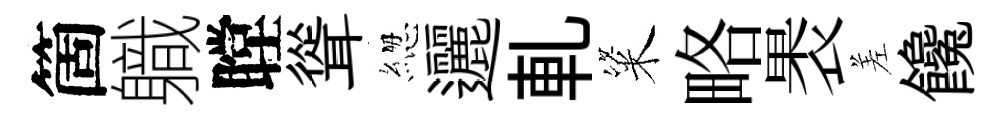
箇軄瞠聳緫邐軋粢略褁差饞